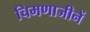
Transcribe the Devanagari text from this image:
चिमणाजीनें